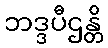
ဘဒ္ဒပီဌန္တိ